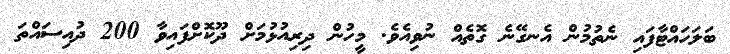
ބަލަހައްޓާފައި ނެތުމުން އެނގޭނެ ގޮތެއް ނުވިއެވެ. މީހުން ދިރިއުޅުމަށް ދޫކޮށްފައިވާ 200 ދުއިސައްތަ